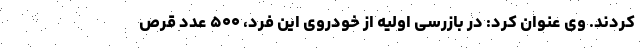
کردند. وی عنوان کرد: در بازرسی اولیه از خودروی این فرد، ۵۰۰ عدد قرص